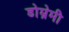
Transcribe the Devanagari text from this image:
डोम्रेमी